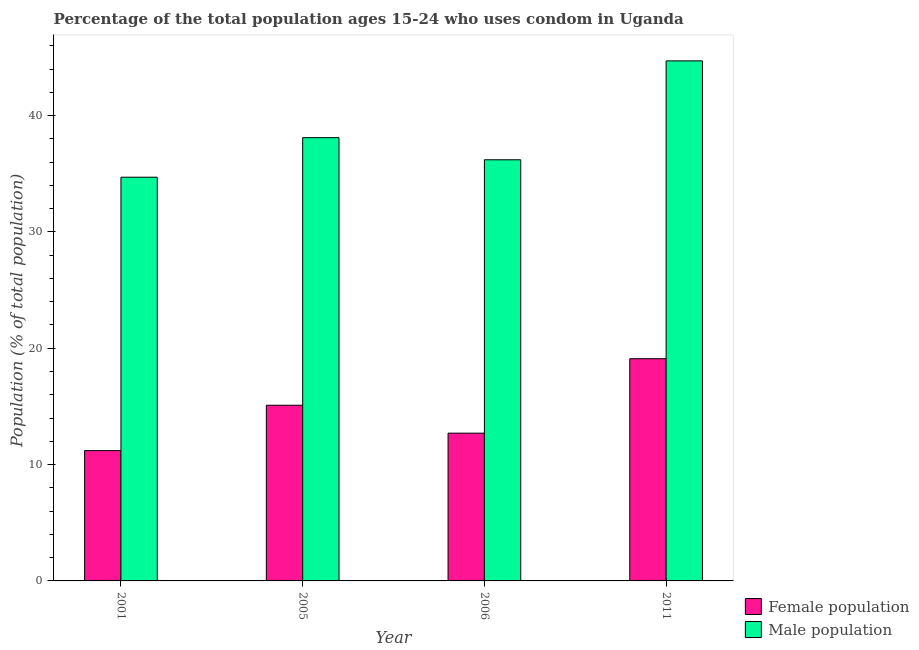
| Year | Female population | Male population |
 | --- | --- | --- |
 | 2001 | 11.2 | 34.7 |
 | 2005 | 15.1 | 38.1 |
 | 2006 | 12.7 | 36.2 |
 | 2011 | 19.1 | 44.7 |